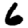
Digit: 6